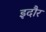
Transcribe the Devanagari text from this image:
इदौर